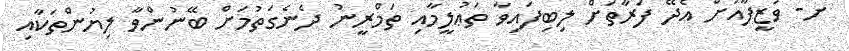
ށ- ވަޒީފާއަށް އެދޭ ފަރާތަށް ލިބިފައިވާ ތަޢުލީމާއި ތަމްރީނު ދެނެގަތުމަށް ބޭނުންވާ ލިޔުންތަކާއި